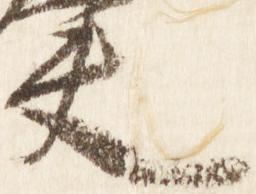
夫